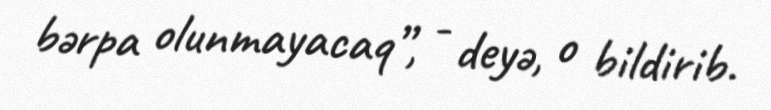
bərpa olunmayacaq”, - deyə, o bildirib.